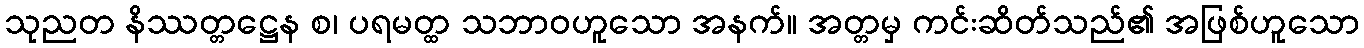
သုညတ နိဿတ္တဋ္ဌေန စ၊ ပရမတ္ထ သဘာဝဟူသော အနက်။ အတ္တမှ ကင်းဆိတ်သည်၏ အဖြစ်ဟူသော